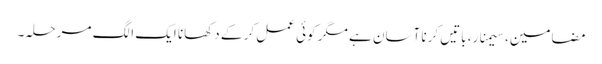
مضامین، سیمنار، باتیں کرنا آسان ہے مگر کوئی عمل کر کے دکھانا ایک الگ مرحلہ۔